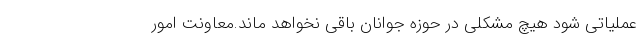
عملیاتی شود هیچ مشکلی در حوزه جوانان باقی نخواهد ماند.معاونت امور